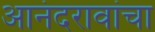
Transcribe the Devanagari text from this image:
आनंदरावांचा